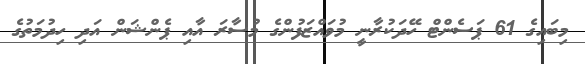
މިބައިގެ 61 ޕަސެންޓް ހޭދަކުރާނީ މުވައްޒަފުންގެ މުސާރަ އާއި ޕެންޝަން އަދި ހިދުމަތުގެ